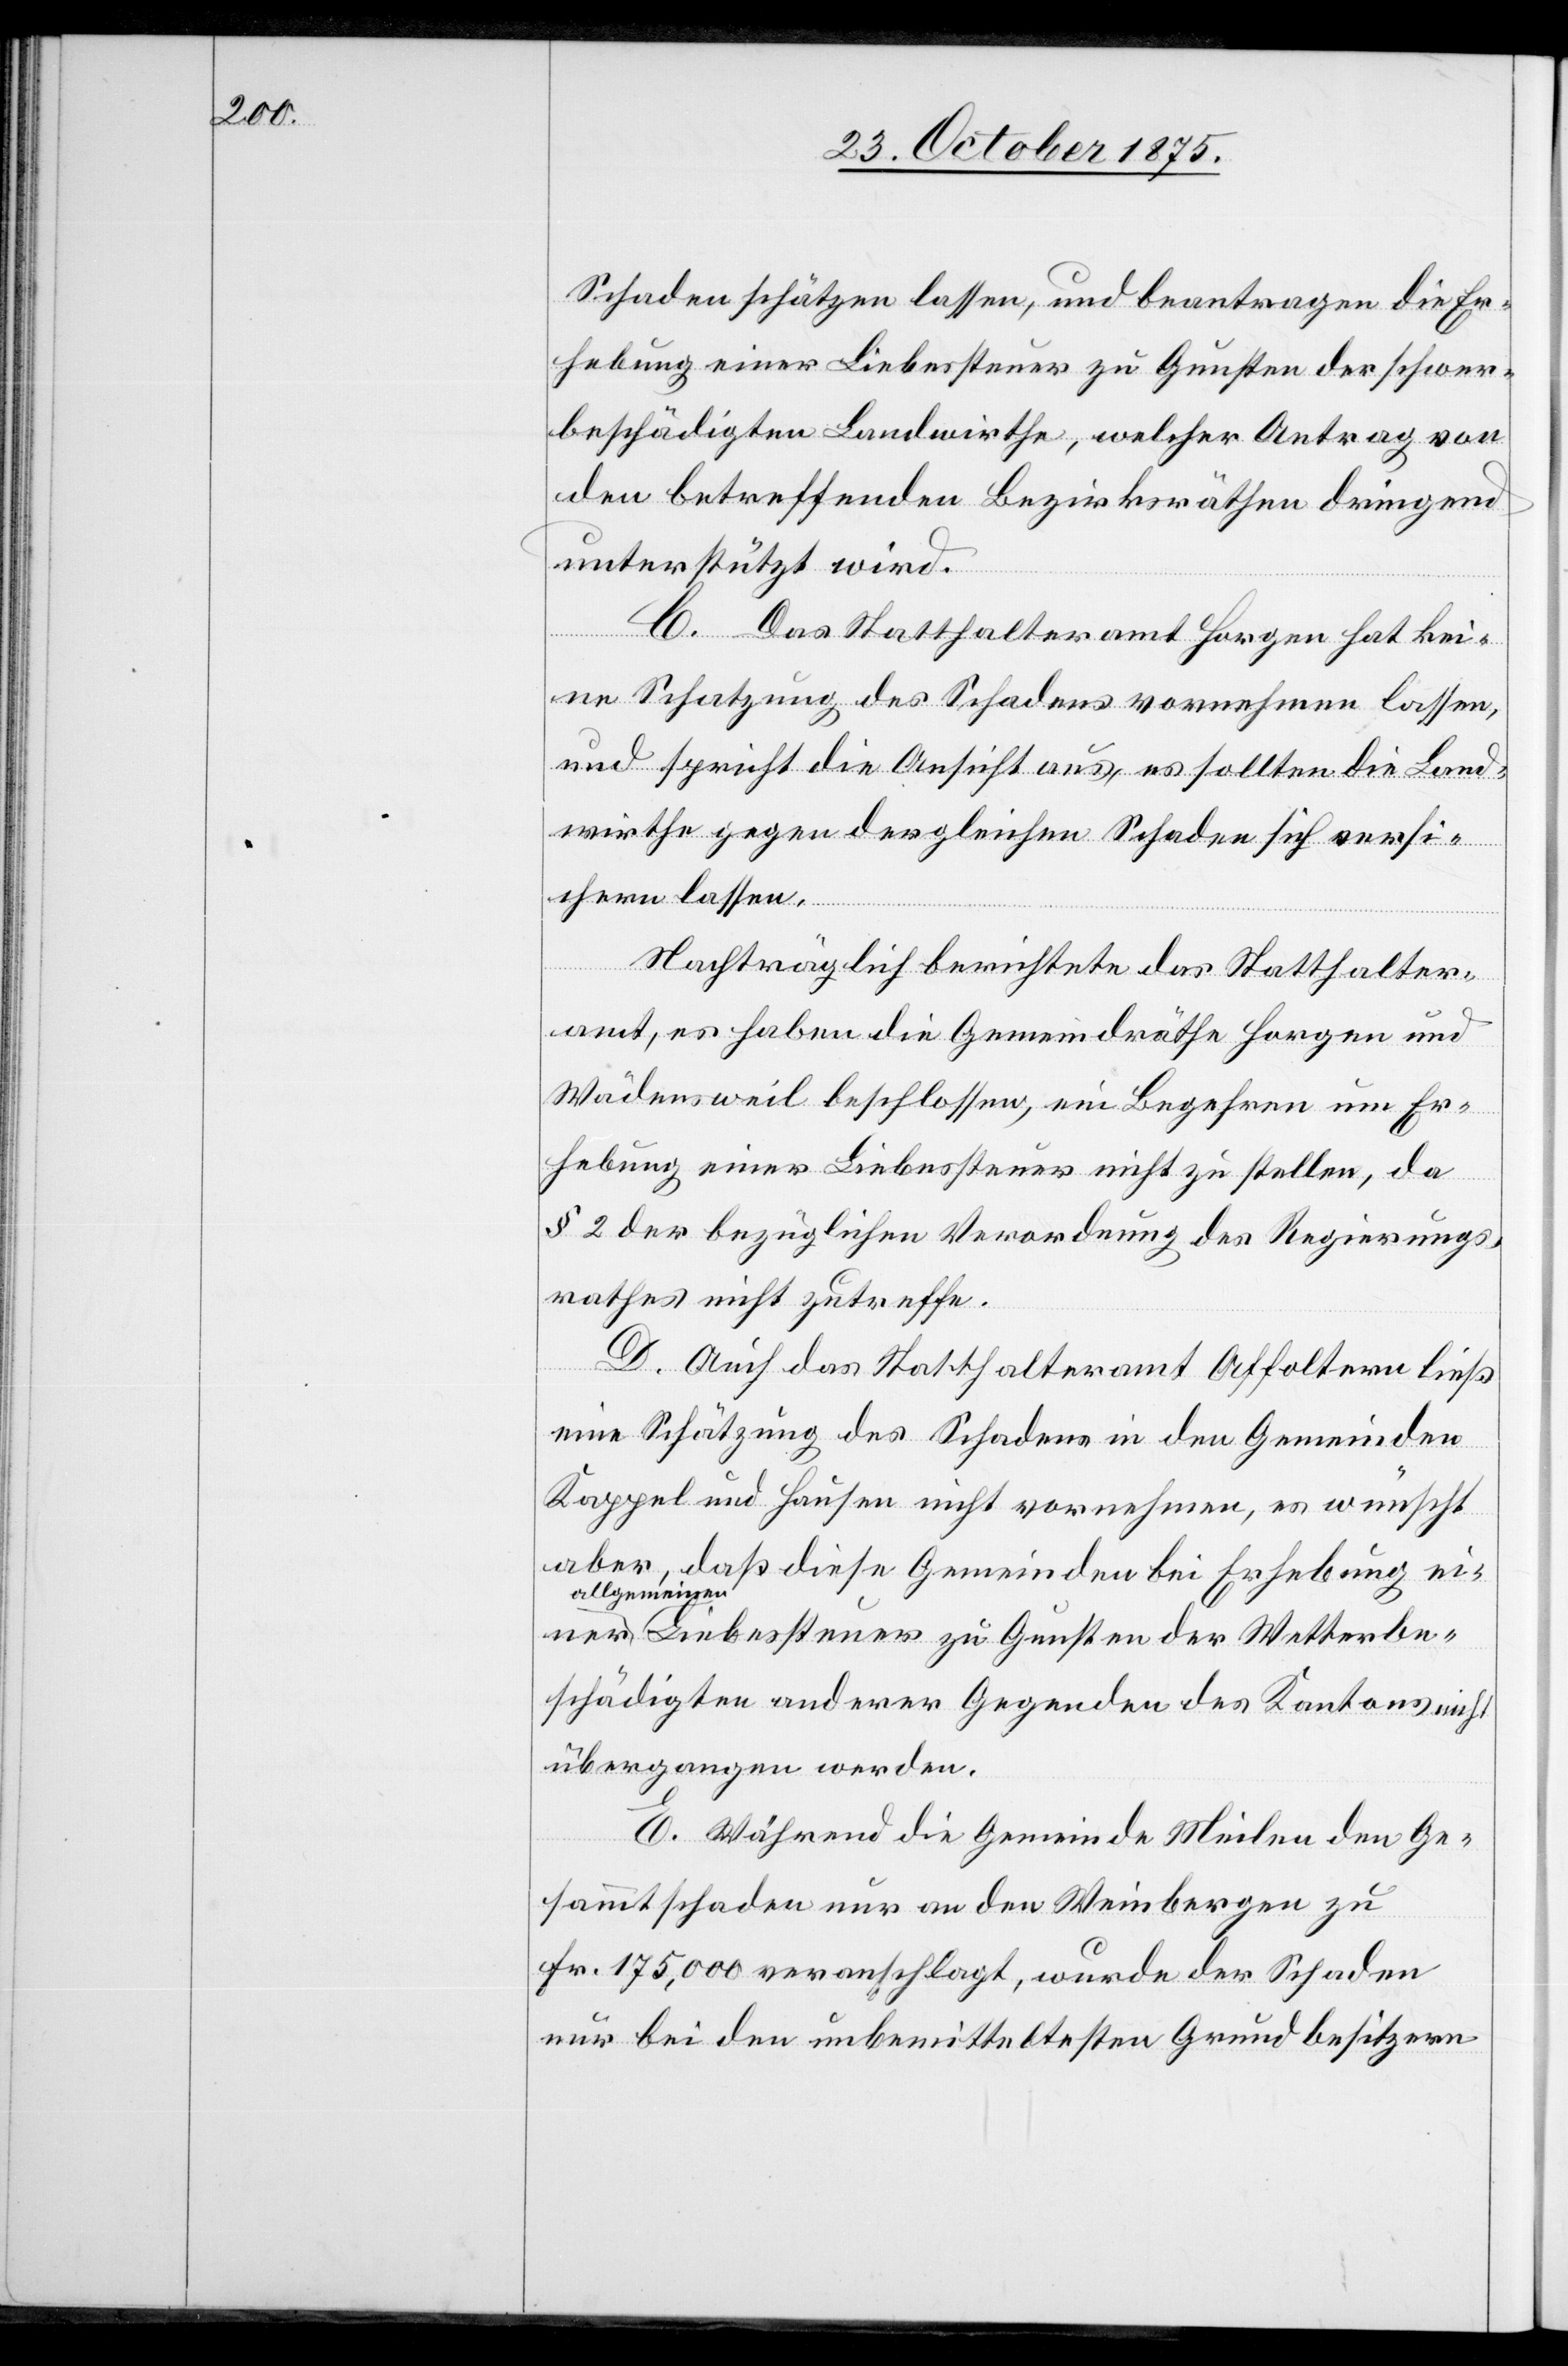
Schaden schätzen lassen, und beantragen die Er¬
hebung einer Liebessteuer zu Gunsten der schwer¬
beschädigten Landwirthe, welcher Antrag von
den betreffenden Bezirksräthen dringend
unterstützt wird.
C. Das Statthalteramt Horgen hat kei¬
ne Schatzung des Schadens vornehmen lassen,
und spricht die Ansicht aus, es sollten die Land¬
wirthe gegen dergleichen Schaden sich versi¬
chern lassen.
Nachträglich berichtete das Statthalter¬
amt, es haben die Gemeindräthe Horgen und
Wädensweil beschlossen, ein Begehren um Er¬
hebung einer Liebessteuer nicht zu stellen, da
§ 2 der bezüglichen Verordnung des Regierungs¬
rathes nicht zutreffe.
D. Auch das Statthalteramt Affoltern ließ
eine Schätzung des Schadens in den Gemeinden
Kappel und Hausen nicht vornehmen, es wünscht
aber, daß diese Gemeinden bei Erhebung einer
allgemei¬
nen Liebessteuer zu Gunsten der Wetterbe¬
schädigten anderer Gegenden des Kantons nicht
übergangen werden.
E. Während die Gemeinde Meilen den Ge¬
sammtschaden nur an den Weinbergen zu
Fr. 175,000 veranschlagt, wurde der Schaden
nur bei den unbemitteltesten Grundbesitzern